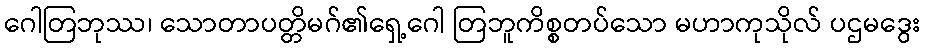
ဂေါတြဘုဿ၊ သောတာပတ္တိမဂ်၏ရှေ့ဂေါ တြဘူကိစ္စတပ်သော မဟာကုသိုလ် ပဌမဒွေး